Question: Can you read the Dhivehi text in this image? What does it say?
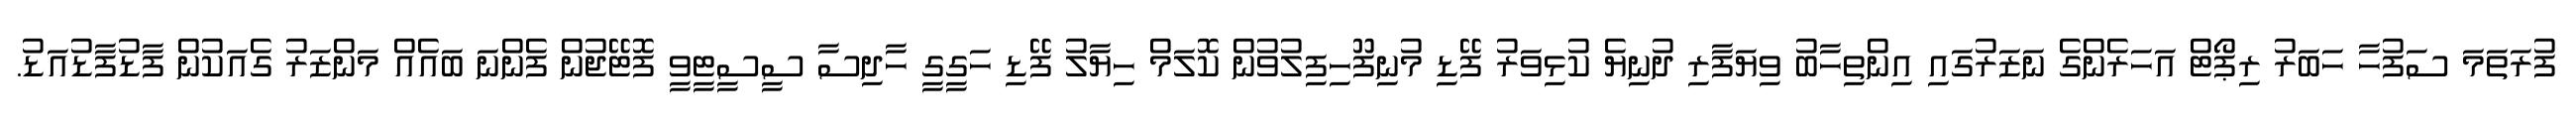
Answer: ފުރަތަމަ ސަފުހާ ހަބަރު ރިޕޯޓް އަހަރެންގެ ނަޒަރުގައި އިންތިހާބު ވިޔަފާރި ދުނިޔެ ކުޅިވަރު ފޭޑި މުނިފޫހިފިލުވުން ކޮލަމް ހިޔާލު ފޭޑި ހަގީގީ ހާދިސާ ސީސީޓީވީ ފޮޓޭޖުން ފެންނަ ބައެއް މަންޒަރު ގެއަކުން ފާޑުފާޑުއަޑު.